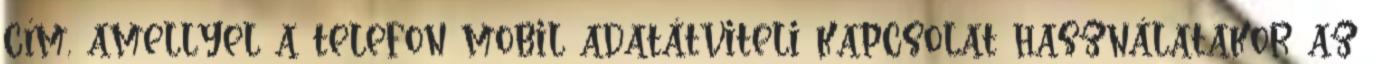
cím, amellyel a telefon mobil adatátviteli kapcsolat használatakor az